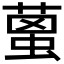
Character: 𦹌